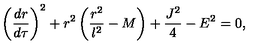
\left( \frac { d r } { d \tau } \right) ^ { 2 } + r ^ { 2 } \left( \frac { r ^ { 2 } } { l ^ { 2 } } - M \right) + \frac { J ^ { 2 } } { 4 } - E ^ { 2 } = 0 ,